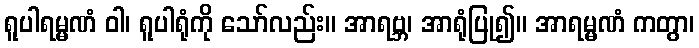
ရူပါရမ္မဏံ ဝါ၊ ရူပါရုံကို သော်လည်း။ အာရဗ္ဘ၊ အာရုံပြု၍။ အာရမ္မဏံ ကတွာ၊